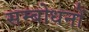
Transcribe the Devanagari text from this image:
सम्बोधनों